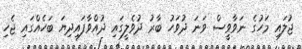
ޖުލައި މަހުގެ ނަވާވީސް ވަނަ ދުވަހު ބާރު ދުވެލީގައި ދުއްވާފައިދިޔަ ބަހެއްގައި ޖެހި